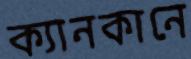
ক্যানকানে